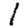
Digit: 1